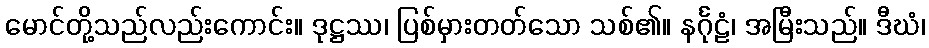
မောင်တို့သည်လည်းကောင်း။ ဒုဋ္ဌဿ၊ ပြစ်မှားတတ်သော သစ်၏။ နင်္ဂုဠံ၊ အမြီးသည်။ ဒီဃံ၊